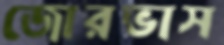
জোরভাস